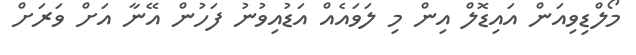
މޯލްޑިވިއަން އައިޑޮލް އިން މި ލަވައެއް އަޑުއިވުނު ފަހުން އޭނާ އަށް ވަރަށް